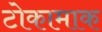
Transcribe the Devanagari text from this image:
टोकामाक